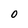
Character: 0